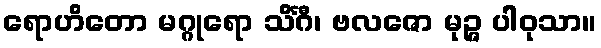
ရောဟိတော မဂ္ဂုရော သိင်္ဂီ၊ ဗလဇော မုဉ္ဇ ပါဝုသာ။